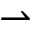
\rightharpoonup